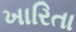
ખારિતા